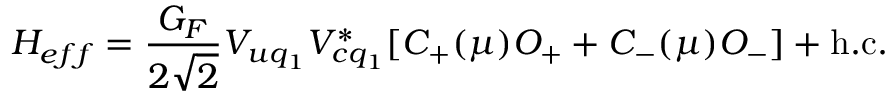
H _ { e f f } = \frac { G _ { F } } { 2 \sqrt 2 } V _ { u q _ { 1 } } V _ { c q _ { 1 } } ^ { * } [ C _ { + } ( \mu ) O _ { + } + C _ { - } ( \mu ) O _ { - } ] + \mathrm { h . c . }